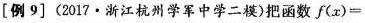
[例9](2017·浙江杭州学军中学二模)把函数$$f(x) =$$